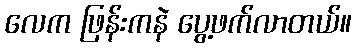
လေက ဖြန်းကနဲ ပွေ့ဖက်လာတယ်။